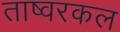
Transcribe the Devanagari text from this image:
ताष्वरकल